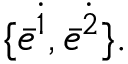
\{ \bar { e } ^ { \dot { 1 } } , \bar { e } ^ { \dot { 2 } } \} .